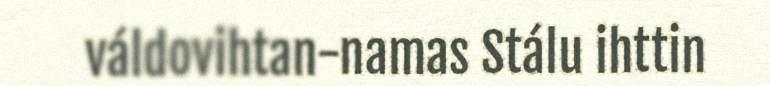
váldovihtan-namas Stálu ihttin